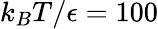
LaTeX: k_{B}T/\epsilon=100